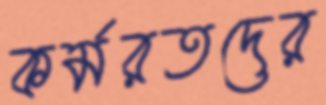
কর্মরতদের